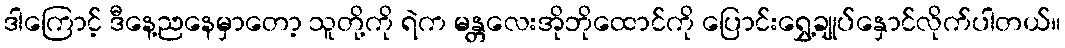
ဒါကြောင့် ဒီနေ့ညနေမှာတော့ သူတို့ကို ရဲက မန္တလေးအိုဘိုထောင်ကို ပြောင်းရွှေ့ချုပ်နှောင်လိုက်ပါတယ်။